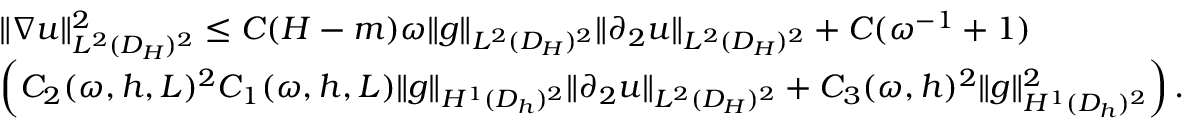
\begin{array} { r l } & { \| \nabla u \| _ { L ^ { 2 } ( D _ { H } ) ^ { 2 } } ^ { 2 } \le C ( H - m ) \omega \| g \| _ { L ^ { 2 } ( D _ { H } ) ^ { 2 } } \| \partial _ { 2 } u \| _ { L ^ { 2 } ( D _ { H } ) ^ { 2 } } + C ( \omega ^ { - 1 } + 1 ) } \\ & { \left( C _ { 2 } ( \omega , h , L ) ^ { 2 } C _ { 1 } ( \omega , h , L ) \| g \| _ { H ^ { 1 } ( D _ { h } ) ^ { 2 } } \| \partial _ { 2 } u \| _ { L ^ { 2 } ( D _ { H } ) ^ { 2 } } + C _ { 3 } ( \omega , h ) ^ { 2 } \| g \| _ { H ^ { 1 } ( D _ { h } ) ^ { 2 } } ^ { 2 } \right) . } \end{array}